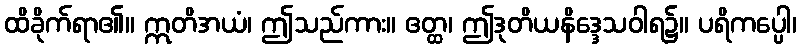
ထိခိုက်ရာ၏။ ဣတိအယံ၊ ဤသည်ကား။ ဧတ္ထ၊ ဤဒုတိယနိဒ္ဒေသဝါရ၌။ ပရိကပ္ပေါ၊